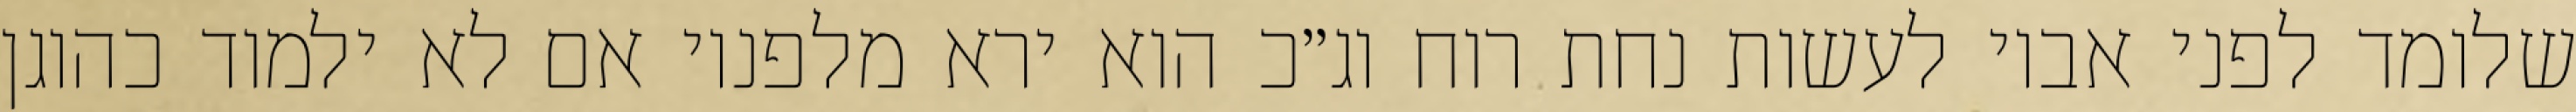
שלומד לפני אביו לעשות נחת רוח וג״כ הוא ירא מלפניו אם לא ילמוד כהוגן